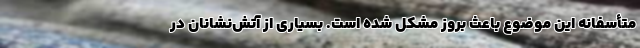
متأسفانه این موضوع باعث بروز مشکل شده است. بسیاری از آتش‌نشانان در